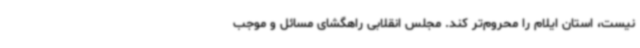
نیست، استان ایلام را محروم‌تر کند. مجلس انقلابی راهگشای مسائل و موجب